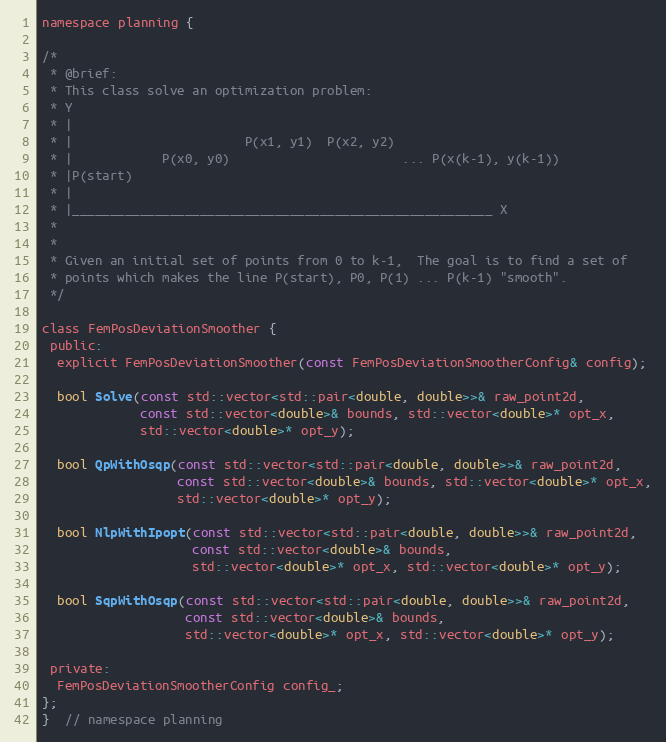
Language: C
namespace planning {

/*
 * @brief:
 * This class solve an optimization problem:
 * Y
 * |
 * |                       P(x1, y1)  P(x2, y2)
 * |            P(x0, y0)                       ... P(x(k-1), y(k-1))
 * |P(start)
 * |
 * |________________________________________________________ X
 *
 *
 * Given an initial set of points from 0 to k-1,  The goal is to find a set of
 * points which makes the line P(start), P0, P(1) ... P(k-1) "smooth".
 */

class FemPosDeviationSmoother {
 public:
  explicit FemPosDeviationSmoother(const FemPosDeviationSmootherConfig& config);

  bool Solve(const std::vector<std::pair<double, double>>& raw_point2d,
             const std::vector<double>& bounds, std::vector<double>* opt_x,
             std::vector<double>* opt_y);

  bool QpWithOsqp(const std::vector<std::pair<double, double>>& raw_point2d,
                  const std::vector<double>& bounds, std::vector<double>* opt_x,
                  std::vector<double>* opt_y);

  bool NlpWithIpopt(const std::vector<std::pair<double, double>>& raw_point2d,
                    const std::vector<double>& bounds,
                    std::vector<double>* opt_x, std::vector<double>* opt_y);

  bool SqpWithOsqp(const std::vector<std::pair<double, double>>& raw_point2d,
                   const std::vector<double>& bounds,
                   std::vector<double>* opt_x, std::vector<double>* opt_y);

 private:
  FemPosDeviationSmootherConfig config_;
};
}  // namespace planning